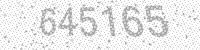
Solution: 645165